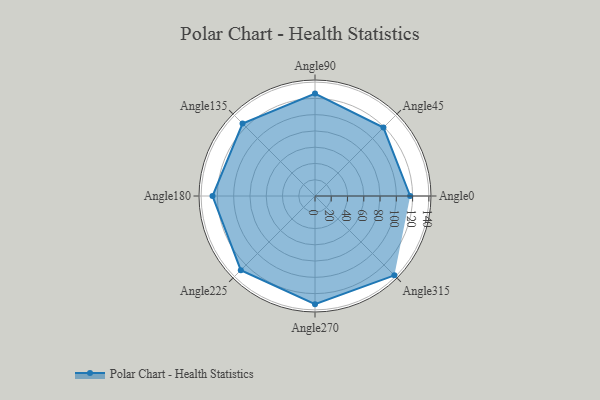
{"axis": {"x": "Angle", "y": "Radius"}, "legend": [""], "data": [{"x": "Angle0", "y": 117.0, "type": ""}, {"x": "Angle45", "y": 119.0, "type": ""}, {"x": "Angle90", "y": 126.0, "type": ""}, {"x": "Angle135", "y": 126.0, "type": ""}, {"x": "Angle180", "y": 126.0, "type": ""}, {"x": "Angle225", "y": 129.0, "type": ""}, {"x": "Angle270", "y": 133.0, "type": ""}, {"x": "Angle315", "y": 138.0, "type": ""}]}